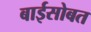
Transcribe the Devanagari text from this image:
बाईसोबत